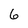
Character: 6